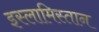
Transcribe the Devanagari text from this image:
इस्लामिस्तान